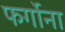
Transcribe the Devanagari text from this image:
फर्गोना